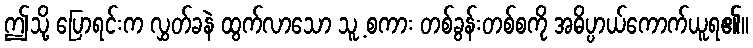
ဤသို့ ပြောရင်းက လွှတ်ခနဲ ထွက်လာသော သူ့ စကား တစ်ခွန်းတစ်စကို အဓိပ္ပာယ်ကောက်ယူရ၏။